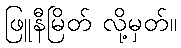
ဖြူနီမြိတ် လို့မှတ်။